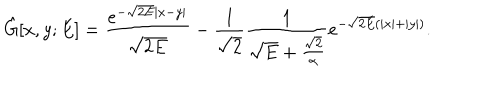
\hat { G } [ x , y ; E ] = \frac { e ^ { - \sqrt { 2 E } | x - y | } } { \sqrt { 2 E } } - \frac { 1 } { \sqrt { 2 } } \frac { 1 } { \sqrt { E } + \frac { \sqrt { 2 } } { \alpha } } e ^ { - \sqrt { 2 E } ( | x | + | y | ) } .